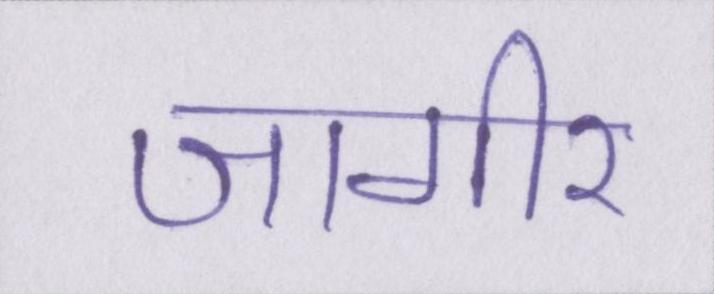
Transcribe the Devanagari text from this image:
जागीर